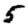
Digit: 5